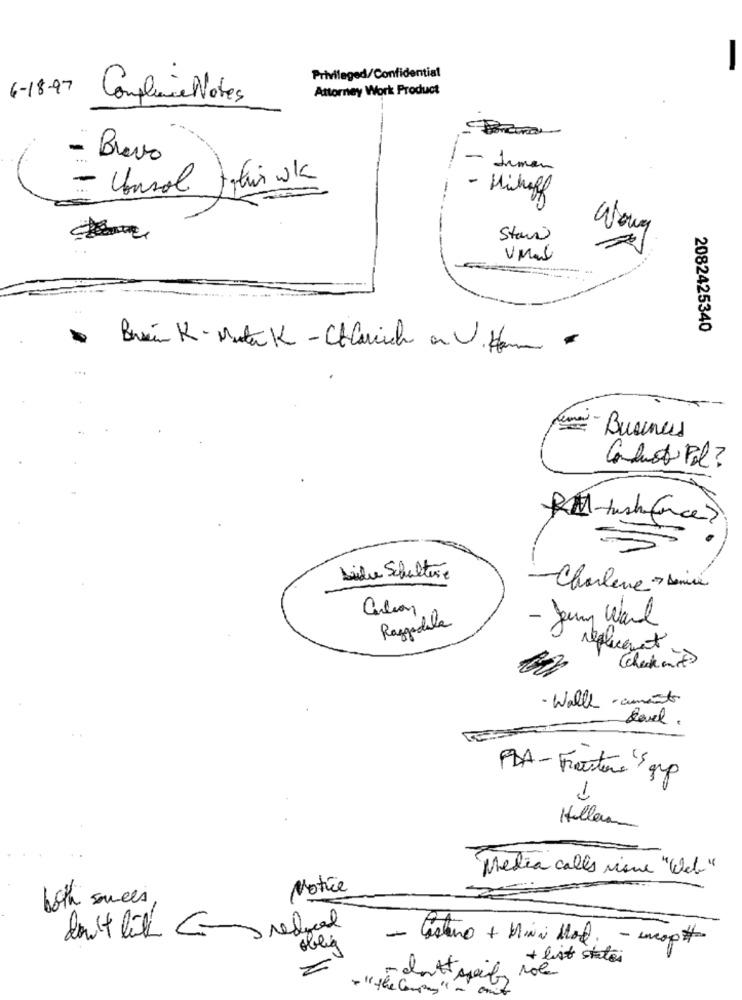
Privileged/Confidential
6-18-97
Attorney Work Product
Compliance Notes
Bravo
- Jmen
- Consol Jati wk
- Hücheff
Stan
2082425340
Brian K-Muta K- Chlamich an .Ham
have- Business
Conduct Pol ?
Lidie Schultere
-Charlene - serie
Calion
Razgodela
- Juny Word
replacement
(check mit )
- Wall - aumento
Revel .
FDA- Fracture grp
4
Hillem
Media calls visue "Web"
Notice
both somces
oblig
- Castro + Mini Mal.
weop #
+ list state
dottspoils
+ " the Company " ~ one